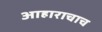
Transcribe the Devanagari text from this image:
आहाराचाच